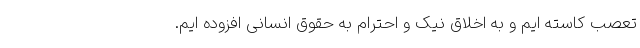
تعصب کاسته ایم و به اخلاق نیک و احترام به حقوق انسانی افزوده ایم.